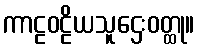
ကာဠဝဠိယသူဌေးဝတ္ထု။